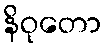
နိဝုတော